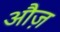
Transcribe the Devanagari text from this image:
औज़